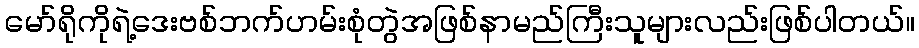
မော်ရိုကိုရဲ့ဒေးဗစ်ဘက်ဟမ်းစုံတွဲအဖြစ်နာမည်ကြီးသူများလည်းဖြစ်ပါတယ်။